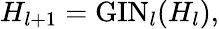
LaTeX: H_{l+1}=\mathrm{GIN}_{l}(H_{l}),